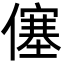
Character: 僿